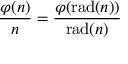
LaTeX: { \frac { \varphi ( n ) } { n } } = { \frac { \varphi ( \operatorname { r a d } ( n ) ) } { \operatorname { r a d } ( n ) } }